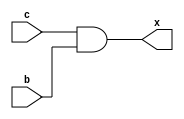
module and1(input wire c,b,output wire x);
assign x = c&b;

endmodule